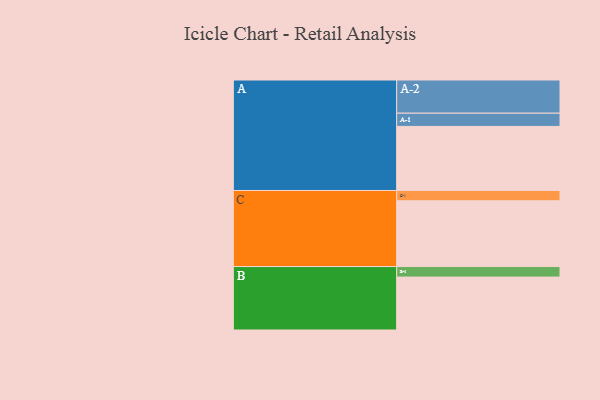
{"axis": {"x": "Segment", "y": "Value"}, "legend": ["", "A", "B", "C"], "data": [{"x": "A", "y": 523, "type": ""}, {"x": "B", "y": 432, "type": ""}, {"x": "C", "y": 537, "type": ""}, {"x": "A-1", "y": 108, "type": "A"}, {"x": "A-2", "y": 271, "type": "A"}, {"x": "B-1", "y": 86, "type": "B"}, {"x": "C-1", "y": 84, "type": "C"}]}